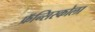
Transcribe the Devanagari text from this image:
फ्रॅन्सिस्कोला